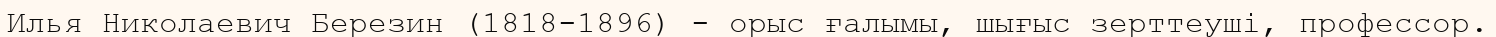
Илья Николаевич Березин (1818-1896) - орыс ғалымы, шығыс зерттеуші, профессор.